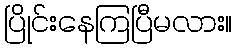
ပြိုင်းနေကြပြီမလား။